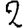
Digit: 2